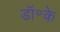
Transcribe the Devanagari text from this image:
डॉ॰के